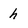
Character: h